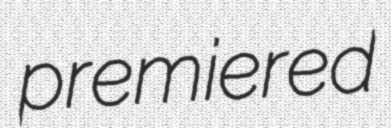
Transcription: premiered